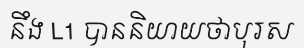
នឹង L1 បាននិយាយថាបុរស